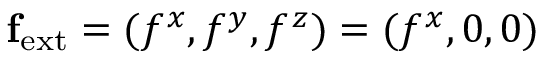
{ \bf { f } } _ { \mathrm { { e x t } } } = ( f ^ { x } , f ^ { y } , f ^ { z } ) = ( f ^ { x } , 0 , 0 )